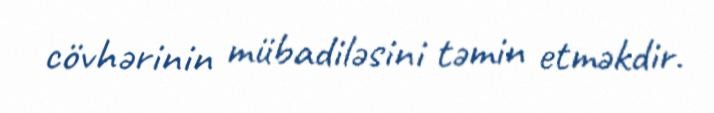
cövhərinin mübadiləsini təmin etməkdir.